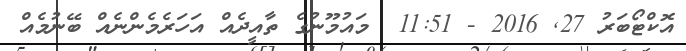
އޮކްޓޯބަރު 27